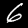
Digit: 6